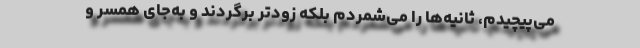
می‌پیچیدم، ثانیه‌ها را می‌شمردم بلکه زودتر برگردند و به‌جای همسر و